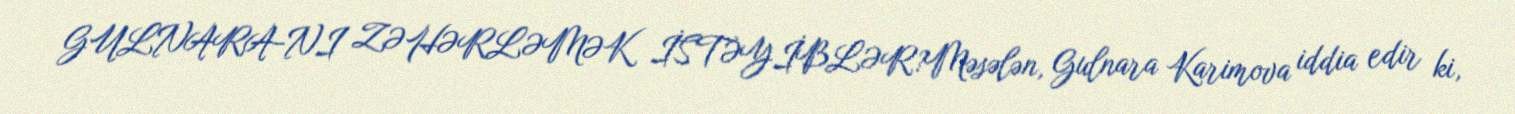
GULNARA-NI ZƏHƏRLƏMƏK İSTƏYİBLƏR?Məsələn, Gulnara Karimova iddia edir ki,